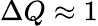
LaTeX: \Delta Q\approx 1